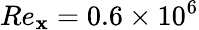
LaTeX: Re_{\mathbf{x}}=0.6\times10^{6}